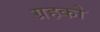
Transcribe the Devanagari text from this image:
ग्रहको